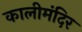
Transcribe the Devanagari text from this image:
कालीमंदिर